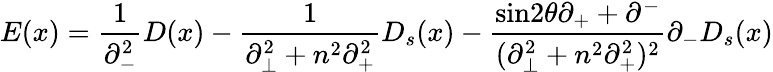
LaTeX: E(x)=\frac{1}{{\partial}_{-}^{2}}D(x)-\frac{1}{{\partial}_{\bot}^{2}+n^{2}{\partial}_{+}^{2}}D_{s}(x)-\frac{\mathrm{sin}2{\theta}{\partial}_{+}+{\partial}^{-}}{({\partial}_{\bot}^{2}+n^{2}{\partial}_{+}^{2})^{2}}{\partial}_{-}D_{s}(x)